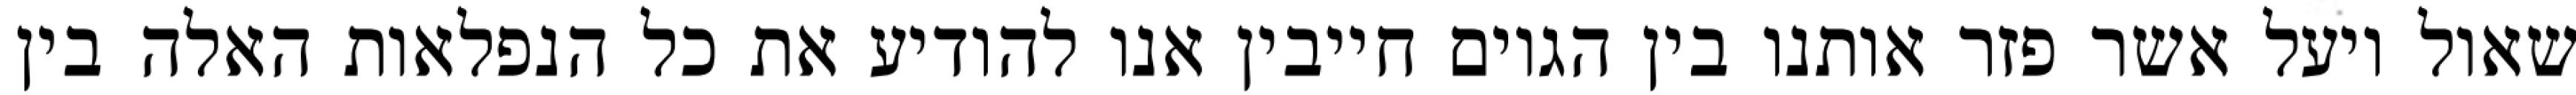
שאול ויעל אשר פזר אותנו בין הגוים חייבין אנו להודיע את כל הנפלאות האלה בין